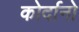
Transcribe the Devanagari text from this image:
कोर्दानो